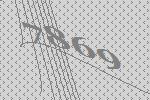
7869